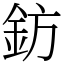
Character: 鈁